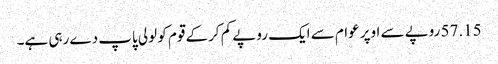
57.15 روپے سے اوپر عوام سے ایک روپے کم کرکے قوم کو لولی پاپ دے رہی ہے۔